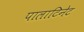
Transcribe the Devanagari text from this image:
पालाटिनेट